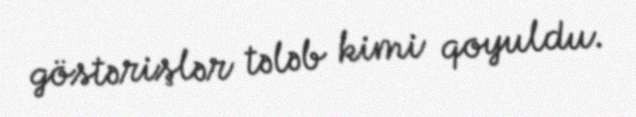
göstərişlər tələb kimi qoyuldu.